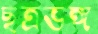
ছত্রভঙ্গ